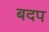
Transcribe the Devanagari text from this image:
बदप